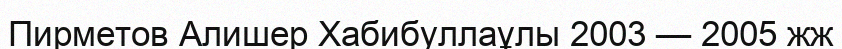
Пирметов Алишер Хабибуллаұлы 2003 — 2005 жж